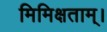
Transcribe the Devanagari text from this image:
मिमिक्षताम्।